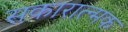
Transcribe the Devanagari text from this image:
सकारात्न्मक